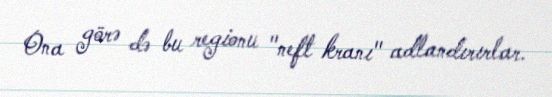
Ona görə də bu regionu "neft kranı" adlandırırlar.